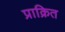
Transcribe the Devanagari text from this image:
प्राक्रित